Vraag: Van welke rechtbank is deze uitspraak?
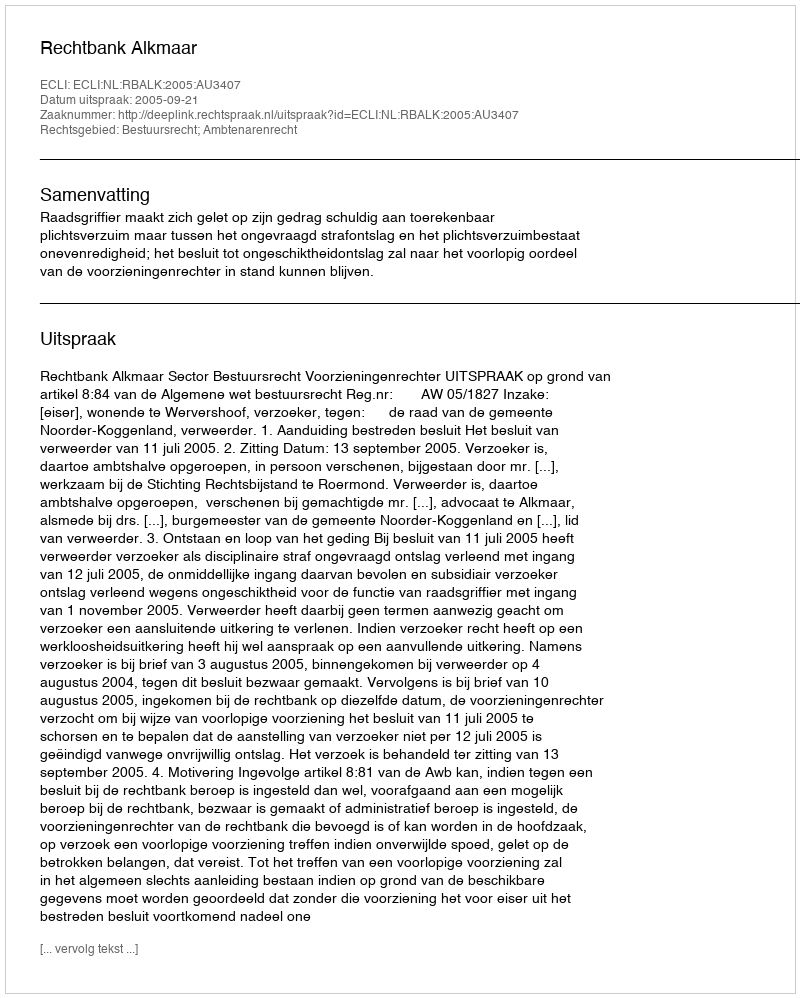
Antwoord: Rechtbank Alkmaar